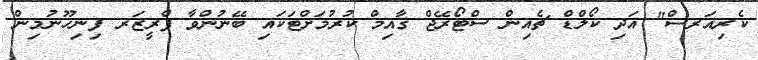
ކެރިއަރސް" އަދި ކޯލްޑް ޗެއިން ސްޓޯރޭޖް ޤާއިމް ކުރުމަށްޓަކައި ބޭނުންވާ ފްރީޒަރ ފިނިހޫނުމިން